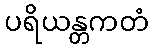
ပရိယန္တကတံ